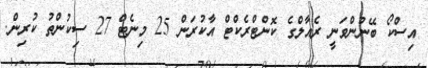
އިސްކޯ ބޭނުންވަނީ ރެއާލްގެ ކޮންޓްރެކްޓް އާކުރަން 25 މިނެޓް 27 ސިކުންތު ކުރިން.